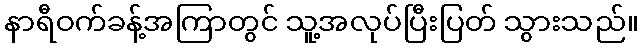
နာရီဝက်ခန့်အကြာတွင် သူ့အလုပ်ပြီးပြတ် သွားသည်။